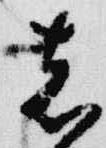
者